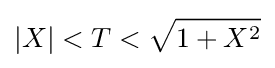
\vert X\vert <T<{\sqrt {1+X^{2}}}